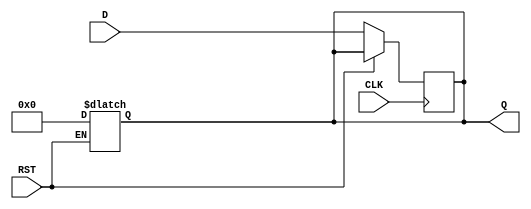
module IntermediateRegister #(
    parameter WIDTH = 8          // Parameter for data width (default is 8 bits)
)(
    input  wire [WIDTH-1:0] D,  // Data input
    input  wire CLK,              // Clock input
    input  wire RST,              // Asynchronous reset input
    output reg  [WIDTH-1:0] Q     // Data output
);

    // Asynchronous reset and synchronous data capture
    always @(*) begin
        if (RST) begin
            Q <= {WIDTH{1'b0}};    // Reset output to zero
        end
    end

    always @(posedge CLK) begin
        if (!RST) begin
            Q <= D;                // Capture input data on clock rising edge
        end
    end

endmodule